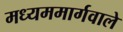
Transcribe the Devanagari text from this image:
मध्यममार्गवाले